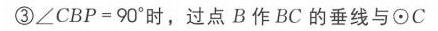
\textcircled{3}\(\angle CBP = 90^{\circ}\)时，过点 \(B\) 作 \(BC\) 的垂线与\(\odot C\)